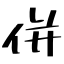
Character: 併